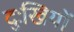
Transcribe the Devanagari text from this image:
दुःखियों